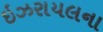
ઇઝરાયલના